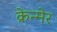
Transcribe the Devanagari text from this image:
क्रेन्मेर